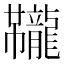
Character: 𫜱